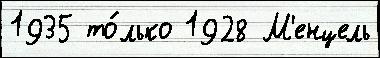
1935 то́лько 1928 М'енцель